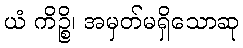
ယံ ကိဉ္စိ၊ အမှတ်မရှိသောဆု